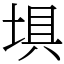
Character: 埧